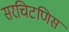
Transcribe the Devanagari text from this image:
सरचिटणिस